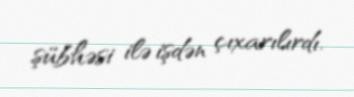
şübhəsi ilə işdən çıxarılırdı.